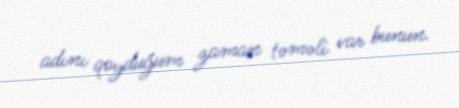
adını qoyduğum zaman təməli var bunun.